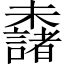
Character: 𣠖